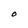
Character: O